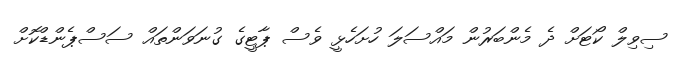
ސިވިލް ކޯޓަށް ދެ މެންބަރުން މައްސަލަ ހުށަހެޅީ ވެސް ޕާޓީގެ ގުނަވަންތައް ސަސްޕެންޑްކޮށް